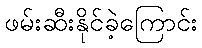
ဖမ်းဆီးနိုင်ခဲ့ကြောင်း